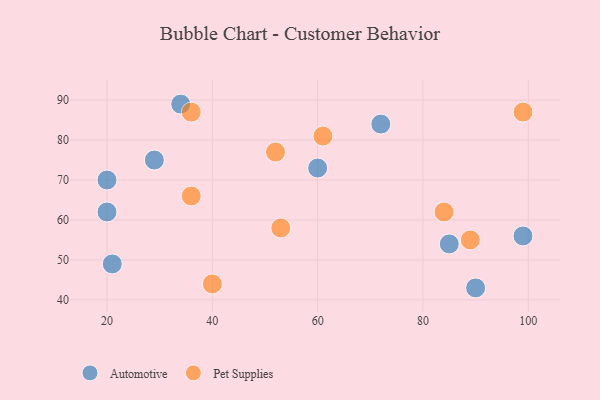
{"axis": {"x": "GDP", "y": "Life Expectancy"}, "legend": ["Automotive", "Pet Supplies"], "data": [{"x": "99", "y": 56, "type": "Automotive"}, {"x": "20", "y": 70, "type": "Automotive"}, {"x": "85", "y": 54, "type": "Automotive"}, {"x": "34", "y": 89, "type": "Automotive"}, {"x": "90", "y": 43, "type": "Automotive"}, {"x": "21", "y": 49, "type": "Automotive"}, {"x": "60", "y": 73, "type": "Automotive"}, {"x": "20", "y": 62, "type": "Automotive"}, {"x": "29", "y": 75, "type": "Automotive"}, {"x": "72", "y": 84, "type": "Automotive"}, {"x": "40", "y": 44, "type": "Pet Supplies"}, {"x": "52", "y": 77, "type": "Pet Supplies"}, {"x": "84", "y": 62, "type": "Pet Supplies"}, {"x": "89", "y": 55, "type": "Pet Supplies"}, {"x": "36", "y": 87, "type": "Pet Supplies"}, {"x": "61", "y": 81, "type": "Pet Supplies"}, {"x": "36", "y": 66, "type": "Pet Supplies"}, {"x": "99", "y": 87, "type": "Pet Supplies"}, {"x": "53", "y": 58, "type": "Pet Supplies"}]}